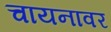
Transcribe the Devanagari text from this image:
चायनावर